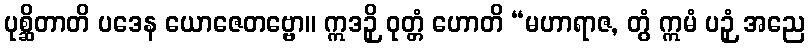
ပုစ္ဆိတာတိ ပဒေန ယောဇေတဗ္ဗော။ ဣဒဉှိ ဝုတ္တံ ဟောတိ “မဟာရာဇ, တွံ ဣမံ ပဉှံ အညေ